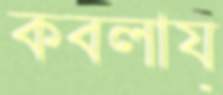
কবলায়